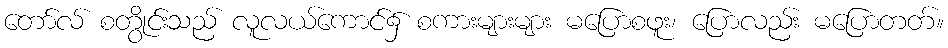
တော်လ် စတွိုင်းသည် လူလယ်ကောင်၌ စကားများများ မပြောစဖူး၊ ပြောလည်း မပြောတတ်။